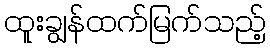
ထူးချွန်ထက်မြက်သည့်